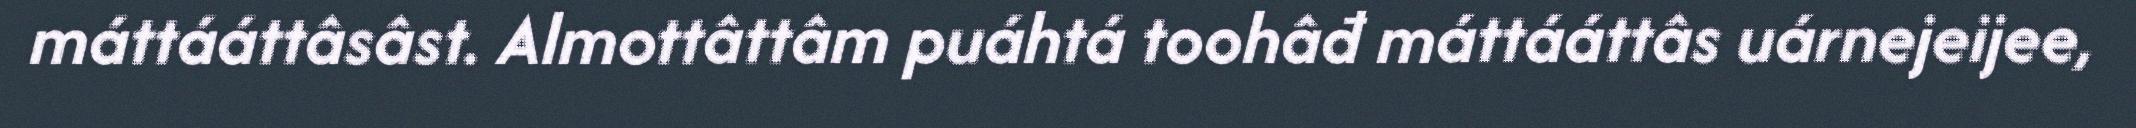
máttááttâsâst. Almottâttâm puáhtá toohâđ máttááttâs uárnejeijee,